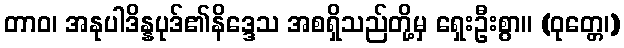
တာဝ၊ အနုပါဒိန္နပုဒ်၏နိဒ္ဒေသ အစရှိသည်တို့မှ ရှေးဦးစွာ။ (ဝုတ္တေ၊)